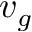
v _ { g }